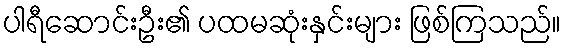
ပါရီဆောင်းဦး၏ ပထမဆုံးနှင်းများ ဖြစ်ကြသည်။